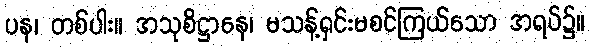
ပန၊ တစ်ပါး။ အသုစိဋ္ဌာနေ၊ မသန့်ရှင်းမစင်ကြယ်သော အရပ်၌။